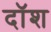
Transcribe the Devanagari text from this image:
दॉश